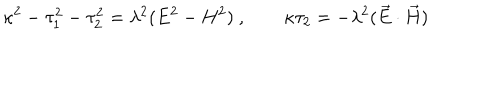
LaTeX: \kappa ^ { 2 } - \tau _ { 1 } ^ { 2 } - \tau _ { 2 } ^ { 2 } = \lambda ^ { 2 } ( E ^ { 2 } - H ^ { 2 } ) ~ , \qquad \kappa \tau _ { 2 } = - \lambda ^ { 2 } ( \vec { E } \cdot \vec { H } )